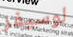
لوسيفر